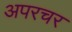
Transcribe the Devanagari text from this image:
अपरचर